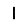
Digit: 1